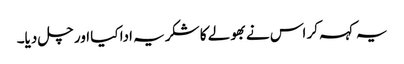
یہ کہہ کر اس نے بھولے کا شکریہ ادا کیا اور چل دیا۔